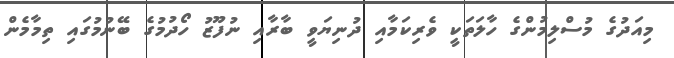
މިއަދުގެ މުސްލިމުންގެ ހާލަތަކީ ވެރިކަމާއި ދުނިޔަވީ ބާރާއި ނުފޫޒު ހޯދުމުގެ ބޭނުމުގައި ތިމާމެން